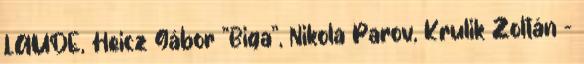
LAUDE, Heicz Gábor "Biga", Nikola Parov, Krulik Zoltán -